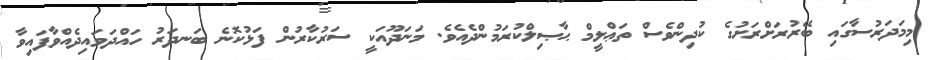
މިމަދަރުސާގައި ބޭރުރަށްރަށުގެ ކުދިންވެސް ތަޢްލީމް ޙާޞިލްކުރަމުންދެއެވެ. މަނަދޫއަކީ ސަރުކާރުން ފަޅުކޮނެ ބަނދަރު ހައްދަވައިދެއްވާފައިވާ